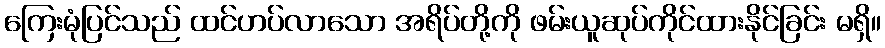
ကြေးမုံပြင်သည် ထင်ဟပ်လာသော အရိပ်တို့ကို ဖမ်းယူဆုပ်ကိုင်ထားနိုင်ခြင်း မရှိ။